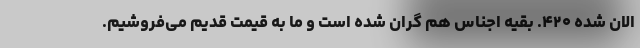
الان شده ۴۲۰. بقیه اجناس هم گران شده است و ما به قیمت قدیم می‌فروشیم.